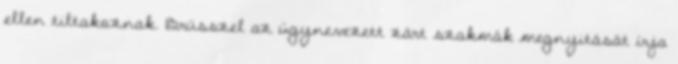
ellen tiltakoznak. Brüsszel az úgynevezett zárt szakmák megnyitását írja